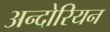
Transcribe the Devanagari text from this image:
अन्दोरियन